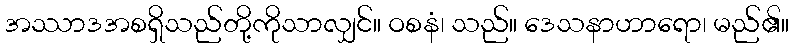
အဿာဒအစရှိသည်တို့ကိုသာလျှင်။ ဝစနံ၊ သည်။ ဒေသနာဟာရော၊ မည်၏။